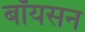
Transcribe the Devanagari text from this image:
बॉयसन